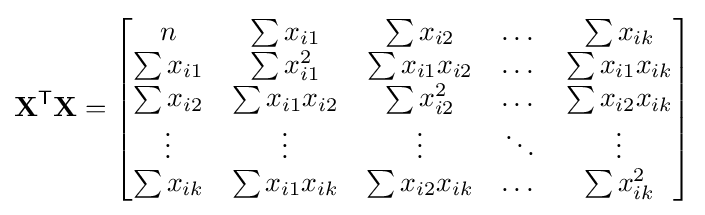
\mathbf {X} ^{\mathsf {T}}\mathbf {X} ={\begin{bmatrix}n&\sum x_{i1}&\sum x_{i2}&\dots &\sum x_{ik}\\\sum x_{i1}&\sum x_{i1}^{2}&\sum x_{i1}x_{i2}&\dots &\sum x_{i1}x_{ik}\\\sum x_{i2}&\sum x_{i1}x_{i2}&\sum x_{i2}^{2}&\dots &\sum x_{i2}x_{ik}\\\vdots &\vdots &\vdots &\ddots &\vdots \\\sum x_{ik}&\sum x_{i1}x_{ik}&\sum x_{i2}x_{ik}&\dots &\sum x_{ik}^{2}\end{bmatrix}}